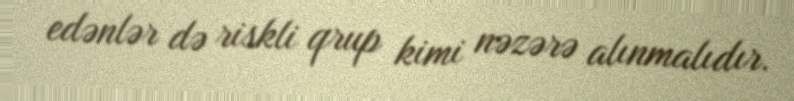
edənlər də riskli qrup kimi nəzərə alınmalıdır.